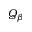
Q _ { \beta }